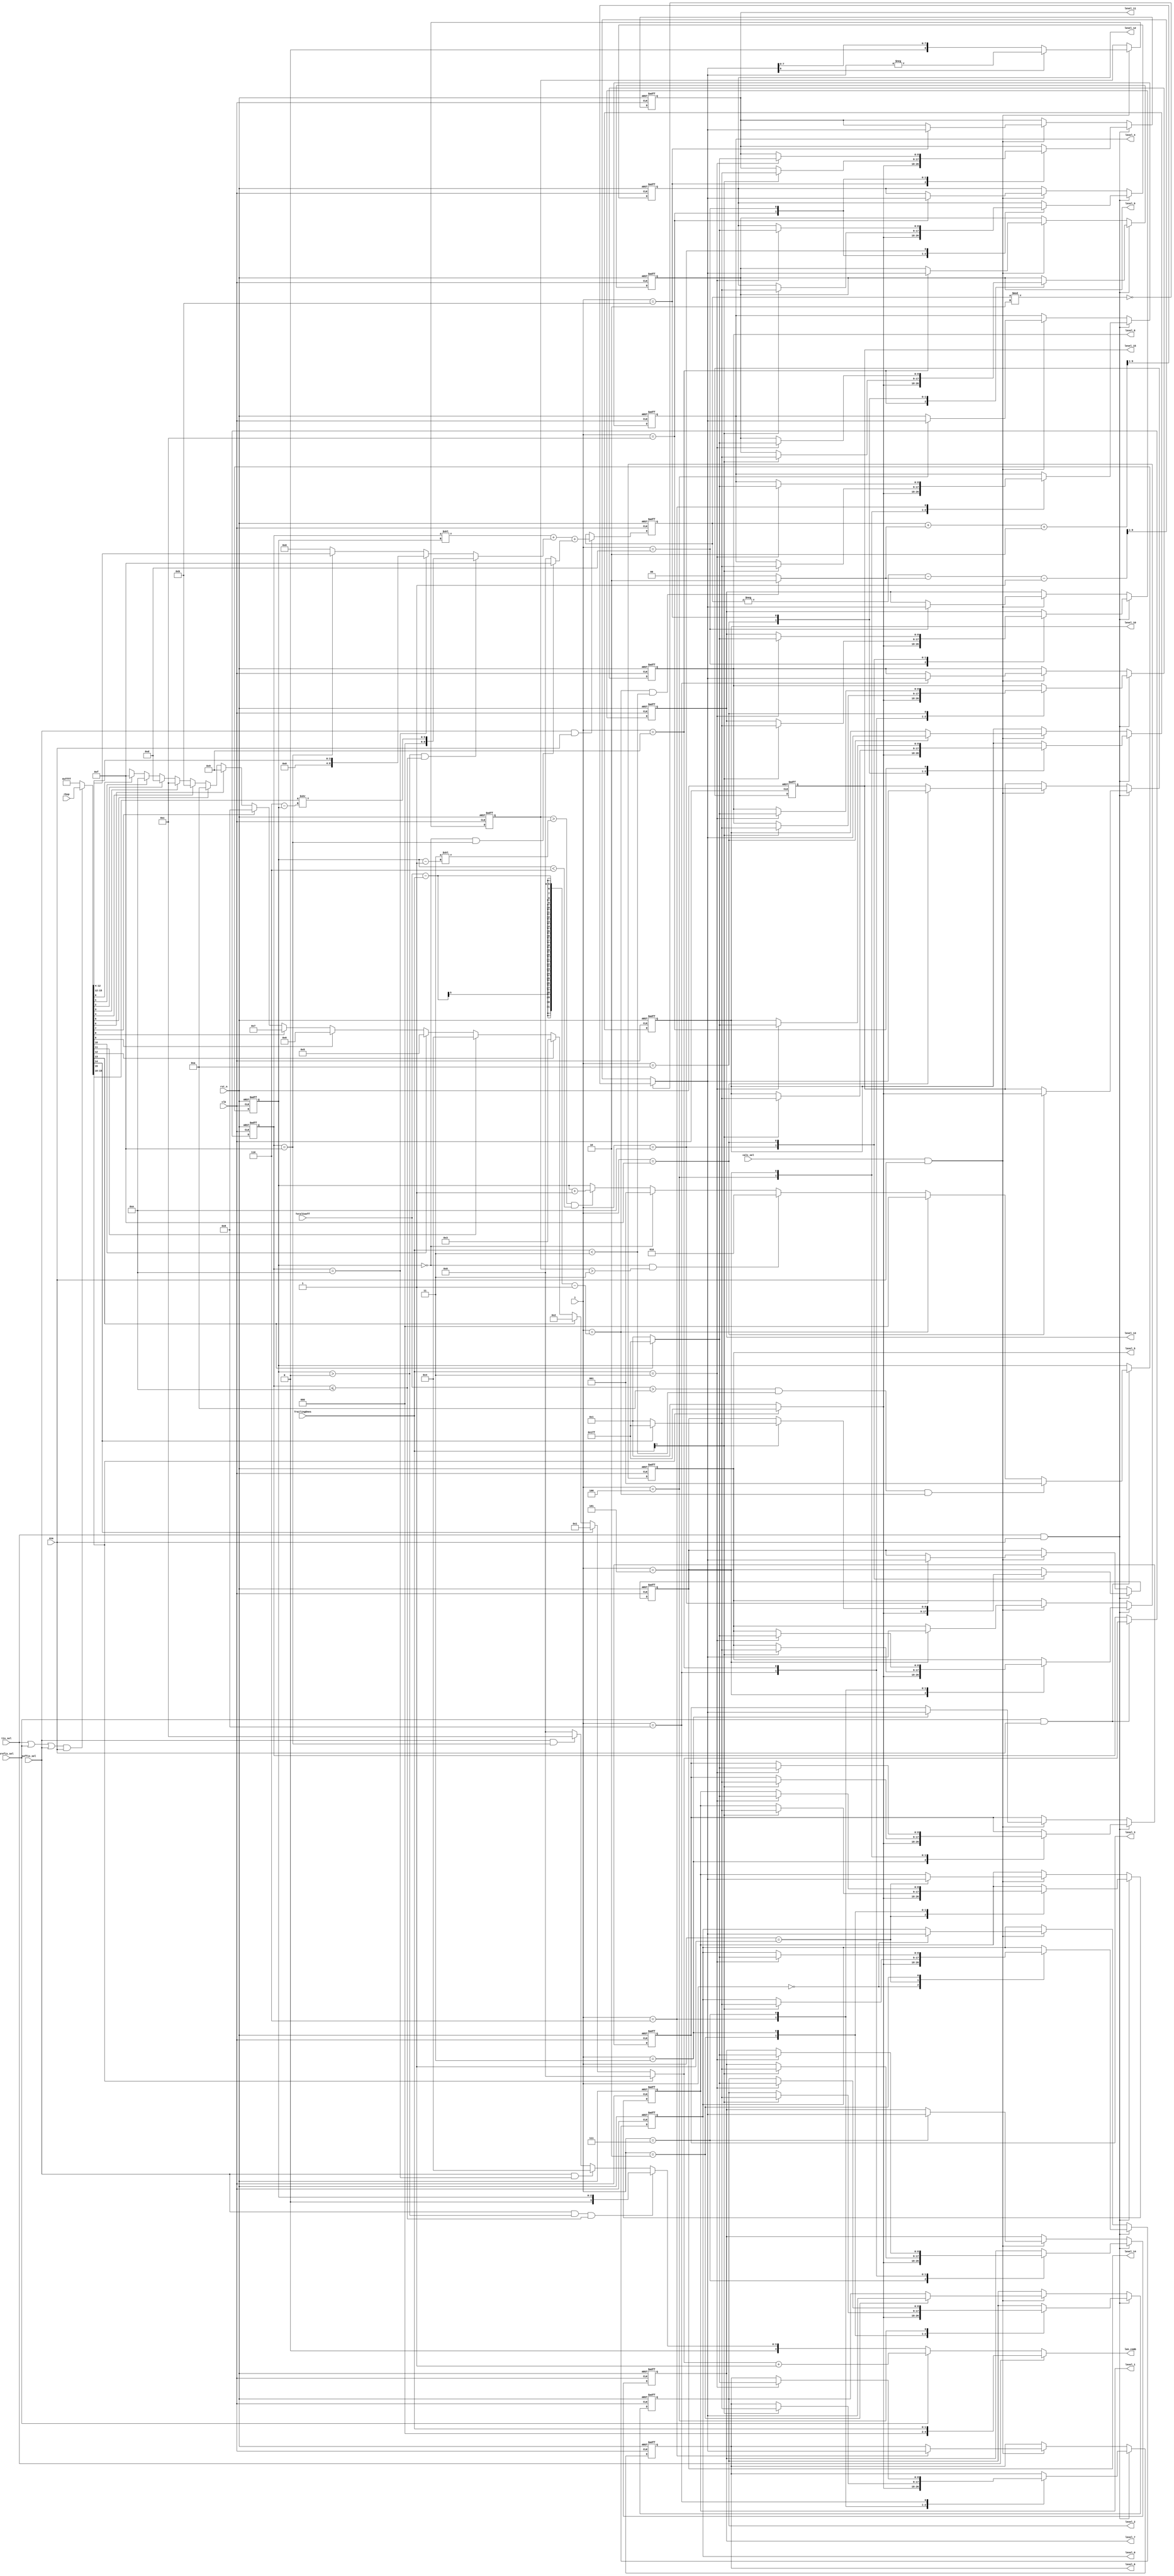
`define cavlc_idle_bit     				0
`define cavlc_read_total_coeffs_bit	1
`define cavlc_read_t1s_flags_bit	2
`define cavlc_read_level_prefix_bit     3
`define cavlc_read_level_suffix_bit     4
`define cavlc_calc_level_bit		5
`define cavlc_read_total_zeros_bit  	6
`define cavlc_read_run_befores_bit  	7
`define cavlc_idle_s     		8'b00000001
`define cavlc_read_total_coeffs_s     	8'b00000010
`define cavlc_read_t1s_flags_s		8'b00000100
`define cavlc_read_level_prefix_s     	8'b00001000
`define cavlc_read_level_suffix_s     	8'b00010000
`define cavlc_calc_level_s		8'b00100000
`define cavlc_read_total_zeros_s    	8'b01000000
`define cavlc_read_run_befores_s    	8'b10000000

module cavlc_read_levels (
    clk,
    rst_n,
    ena,
    t1s_sel,
    prefix_sel,
    suffix_sel,
    calc_sel,
    TrailingOnes,
    TotalCoeff,
    rbsp,
    i,
    level_0,
    level_1,
    level_2,
    level_3,
    level_4,
    level_5,
    level_6,
    level_7,
    level_8,
    level_9,
    level_10,
    level_11,
    level_12,
    level_13,
    level_14,
    level_15,
    len_comb
);
//------------------------
// ports
//------------------------
input   clk;
input   rst_n;

input   ena;
input   t1s_sel;
input   prefix_sel;
input   suffix_sel;
input   calc_sel;

input   [1:0]   TrailingOnes;
input   [4:0]   TotalCoeff;
input   [0:15]  rbsp;
input   [3:0]   i;

output  [8:0]   level_0;
output  [8:0]   level_1;
output  [8:0]   level_2;
output  [8:0]   level_3;
output  [8:0]   level_4;
output  [8:0]   level_5;
output  [8:0]   level_6;
output  [8:0]   level_7;
output  [8:0]   level_8;
output  [8:0]   level_9;
output  [8:0]   level_10;
output  [8:0]   level_11;
output  [8:0]   level_12;
output  [8:0]   level_13;
output  [8:0]   level_14;
output  [8:0]   level_15;

output  [4:0]   len_comb;

//------------------------
//  regs
//------------------------
reg     [0:15]  rbsp_internal;        // reduce toggle rate
reg     [3:0]   level_prefix_comb;
reg     [8:0]   level_suffix;
reg     [4:0]   len_comb;

//------------------------
// FFs
//------------------------
reg     [3:0]   level_prefix;
reg     [2:0]   suffixLength;   // range from 0 to 6
reg     [8:0]   level;
reg     [8:0]   level_abs;
reg     [8:0]   level_code_tmp;
reg     [8:0]   level_0, level_1, level_2, level_3, level_4, level_5, level_6, level_7;
reg     [8:0]   level_8, level_9, level_10, level_11, level_12, level_13, level_14, level_15;

//------------------------
// level_prefix_comb
//------------------------
always @(*)
if ((t1s_sel || prefix_sel || suffix_sel)&& ena)
    rbsp_internal <= rbsp;
else
    rbsp_internal <= 'hffff;

always @(*)
if (rbsp_internal[0])         level_prefix_comb <= 0;
else if (rbsp_internal[1])    level_prefix_comb <= 1;
else if (rbsp_internal[2])    level_prefix_comb <= 2;
else if (rbsp_internal[3])    level_prefix_comb <= 3;
else if (rbsp_internal[4])    level_prefix_comb <= 4;
else if (rbsp_internal[5])    level_prefix_comb <= 5;
else if (rbsp_internal[6])    level_prefix_comb <= 6;
else if (rbsp_internal[7])    level_prefix_comb <= 7;
else if (rbsp_internal[8])    level_prefix_comb <= 8;
else if (rbsp_internal[9])    level_prefix_comb <= 9;
else if (rbsp_internal[10])   level_prefix_comb <= 10;
else if (rbsp_internal[11])   level_prefix_comb <= 11;
else if (rbsp_internal[12])   level_prefix_comb <= 12; 
else if (rbsp_internal[13])   level_prefix_comb <= 13; 
else if (rbsp_internal[14])   level_prefix_comb <= 14;
else if (rbsp_internal[15])   level_prefix_comb <= 15;
else                          level_prefix_comb <= 'bx;
    

//------------------------
// level_prefix
//------------------------
always @(posedge clk or negedge rst_n)
if (!rst_n)
    level_prefix <= 0;
else if (prefix_sel && ena)
    level_prefix <= level_prefix_comb;

//------------------------
// suffixLength
//------------------------
wire first_level;
assign first_level = (i == TotalCoeff - TrailingOnes - 1);

always @(posedge clk or negedge rst_n)
if (!rst_n)
    suffixLength <= 0;
else if (prefix_sel && ena) begin
    if (TotalCoeff > 10 && TrailingOnes < 3 && first_level )  //initialize suffixLength before proceeding first level_suffix
        suffixLength <= 1;
    else if (first_level)
        suffixLength <= 0;
    else if (suffixLength == 0 && level_abs > 2'd3)
        suffixLength <= 2;
    else if (suffixLength == 0)
        suffixLength <= 1;
    else if (  level_abs > (2'd3 << (suffixLength - 1'b1) ) && suffixLength < 6)
        suffixLength <= suffixLength + 1'b1;
end


//------------------------
// level_suffix
//------------------------
always @(*)
if (suffixLength > 0 && level_prefix <= 14) 
    level_suffix <= {3'b0, rbsp_internal[0:5] >> (3'd6 - suffixLength)};
else if (level_prefix == 14)   //level_prefix == 14 && suffixLength == 0
    level_suffix <= {3'b0, rbsp_internal[0:3] };
else if (level_prefix == 15) 
    level_suffix <= rbsp_internal[3:11];     
else 
    level_suffix <= 0;      

//------------------------
// level_code_tmp
//------------------------
always @(posedge clk or negedge rst_n)
if (!rst_n) begin
    level_code_tmp <=  0;
end
else if (suffix_sel && ena) begin
    level_code_tmp <= (level_prefix << suffixLength) + level_suffix + 
    ((suffixLength == 0 && level_prefix == 15) ? 4'd15 : 0);
end


//------------------------
// level
//------------------------
wire    [2:0]   tmp1;

assign tmp1 = (first_level && TrailingOnes < 3)? 2'd2 : 2'd0;

always @(*)
begin
    if (level_code_tmp % 2 == 0) begin
        level <= ( level_code_tmp + tmp1 + 2 ) >> 1;
    end
    else begin
        level <= (-level_code_tmp - tmp1 - 1 ) >> 1;
    end
end

//------------------------
// level_abs
//------------------------
wire level_abs_refresh;
assign level_abs_refresh = calc_sel && ena;

always @(posedge clk or negedge rst_n)
if (!rst_n) begin
    level_abs <= 0;
end
else if (level_abs_refresh) begin
    level_abs <= level[8] ? -level : level;
end

//------------------------
// level regfile
//------------------------
always @ (posedge clk or negedge rst_n)
if (!rst_n) begin
    level_0 <= 0;   level_1 <= 0;   level_2 <= 0;   level_3 <= 0;
    level_4 <= 0;   level_5 <= 0;   level_6 <= 0;   level_7 <= 0;
    level_8 <= 0;   level_9 <= 0;   level_10<= 0;   level_11<= 0;
    level_12<= 0;   level_13<= 0;   level_14<= 0;   level_15<= 0;
end
else if (t1s_sel && ena)
    case (i)
    0 : level_0 <= rbsp_internal[0]? -1 : 1;
    1 : begin
            level_1 <= rbsp_internal[0]? -1 : 1;
            if (TrailingOnes[1])
                level_0 <= rbsp_internal[1]? -1 : 1;
        end
    2 : begin
            level_2 <= rbsp_internal[0]? -1 : 1;
            if (TrailingOnes[1])
                level_1 <= rbsp_internal[1]? -1 : 1;
            if (TrailingOnes == 3)
                level_0 <= rbsp_internal[2]? -1 : 1;
        end         
    3 : begin
            level_3 <= rbsp_internal[0]? -1 : 1;
            if (TrailingOnes[1])
                level_2 <= rbsp_internal[1]? -1 : 1;
            if (TrailingOnes == 3)
                level_1 <= rbsp_internal[2]? -1 : 1;
        end 
    4 : begin
            level_4 <= rbsp_internal[0]? -1 : 1;
            if (TrailingOnes[1])
                level_3 <= rbsp_internal[1]? -1 : 1;
            if (TrailingOnes == 3)
                level_2 <= rbsp_internal[2]? -1 : 1;
        end 
    5 : begin
            level_5 <= rbsp_internal[0]? -1 : 1;
            if (TrailingOnes[1])
                level_4 <= rbsp_internal[1]? -1 : 1;
            if (TrailingOnes == 3)
                level_3 <= rbsp_internal[2]? -1 : 1;
        end 
    6 : begin
            level_6 <= rbsp_internal[0]? -1 : 1;
            if (TrailingOnes[1])
                level_5 <= rbsp_internal[1]? -1 : 1;
            if (TrailingOnes == 3)
                level_4 <= rbsp_internal[2]? -1 : 1;
        end 
    7 : begin
            level_7 <= rbsp_internal[0]? -1 : 1;
            if (TrailingOnes[1])
                level_6 <= rbsp_internal[1]? -1 : 1;
            if (TrailingOnes == 3)
                level_5 <= rbsp_internal[2]? -1 : 1;
        end 
    8 : begin
            level_8 <= rbsp_internal[0]? -1 : 1;
            if (TrailingOnes[1])
                level_7 <= rbsp_internal[1]? -1 : 1;
            if (TrailingOnes == 3)
                level_6 <= rbsp_internal[2]? -1 : 1;
        end 
    9 : begin
            level_9 <= rbsp_internal[0]? -1 : 1;
            if (TrailingOnes[1])
                level_8 <= rbsp_internal[1]? -1 : 1;
            if (TrailingOnes == 3)
                level_7 <= rbsp_internal[2]? -1 : 1;
        end 
    10: begin
            level_10 <= rbsp_internal[0]? -1 : 1;
            if (TrailingOnes[1])
                level_9 <= rbsp_internal[1]? -1 : 1;
            if (TrailingOnes == 3)
                level_8 <= rbsp_internal[2]? -1 : 1;
        end 
    11: begin
            level_11 <= rbsp_internal[0]? -1 : 1;
            if (TrailingOnes[1])
                level_10 <= rbsp_internal[1]? -1 : 1;
            if (TrailingOnes == 3)
                level_9 <= rbsp_internal[2]? -1 : 1;
        end 
    12: begin
            level_12 <= rbsp_internal[0]? -1 : 1;
            if (TrailingOnes[1])
                level_11 <= rbsp_internal[1]? -1 : 1;
            if (TrailingOnes == 3)
                level_10 <= rbsp_internal[2]? -1 : 1;
        end 
    13: begin
            level_13 <= rbsp_internal[0]? -1 : 1;
            if (TrailingOnes[1])
                level_12 <= rbsp_internal[1]? -1 : 1;
            if (TrailingOnes == 3)
                level_11 <= rbsp_internal[2]? -1 : 1;
        end 
    14: begin
            level_14 <= rbsp_internal[0]? -1 : 1;
            if (TrailingOnes[1])
                level_13 <= rbsp_internal[1]? -1 : 1;
            if (TrailingOnes == 3)
                level_12 <= rbsp_internal[2]? -1 : 1;
        end 
    15: begin
            level_15 <= rbsp_internal[0]? -1 : 1;
            if (TrailingOnes[1])
                level_14 <= rbsp_internal[1]? -1 : 1;
            if (TrailingOnes == 3)
                level_13 <= rbsp_internal[2]? -1 : 1;
        end 
endcase
else if (calc_sel && ena)
case (i)
    0 :level_0 <= level;
    1 :level_1 <= level;
    2 :level_2 <= level;
    3 :level_3 <= level;
    4 :level_4 <= level;
    5 :level_5 <= level;
    6 :level_6 <= level;
    7 :level_7 <= level;
    8 :level_8 <= level;
    9 :level_9 <= level;
    10:level_10<= level;
    11:level_11<= level;
    12:level_12<= level;
    13:level_13<= level;
    14:level_14<= level;
    15:level_15<= level;
endcase

always @(*)
if(t1s_sel)
    len_comb <= TrailingOnes;
else if(prefix_sel)
    len_comb <= level_prefix_comb + 1;
else if(suffix_sel && suffixLength > 0 && level_prefix <= 14)
    len_comb <= suffixLength;  
else if(suffix_sel && level_prefix == 14)
    len_comb <= 4;
else if(suffix_sel && level_prefix == 15)
    len_comb <= 12;
else
    len_comb <= 0;        

endmodule